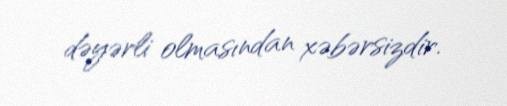
dəyərli olmasından xəbərsizdir.